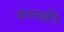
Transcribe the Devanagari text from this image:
अरमइति